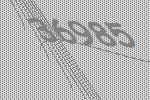
36985